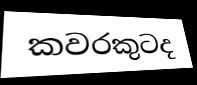
කවරකුටද